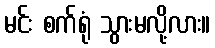
မင်း စက်ရုံ သွားမလို့လား။